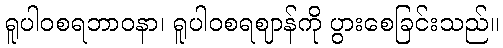
ရူပါဝစရဘာဝနာ၊ ရူပါဝစရဈာန်ကို ပွားစေခြင်းသည်။